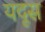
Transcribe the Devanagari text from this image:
यदूस